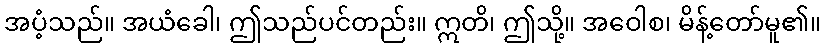
အပံ့သည်။ အယံခေါ၊ ဤသည်ပင်တည်း။ ဣတိ၊ ဤသို့။ အဝေါစ၊ မိန့်တော်မူ၏။